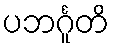
ပဘင်္ဂူတိ